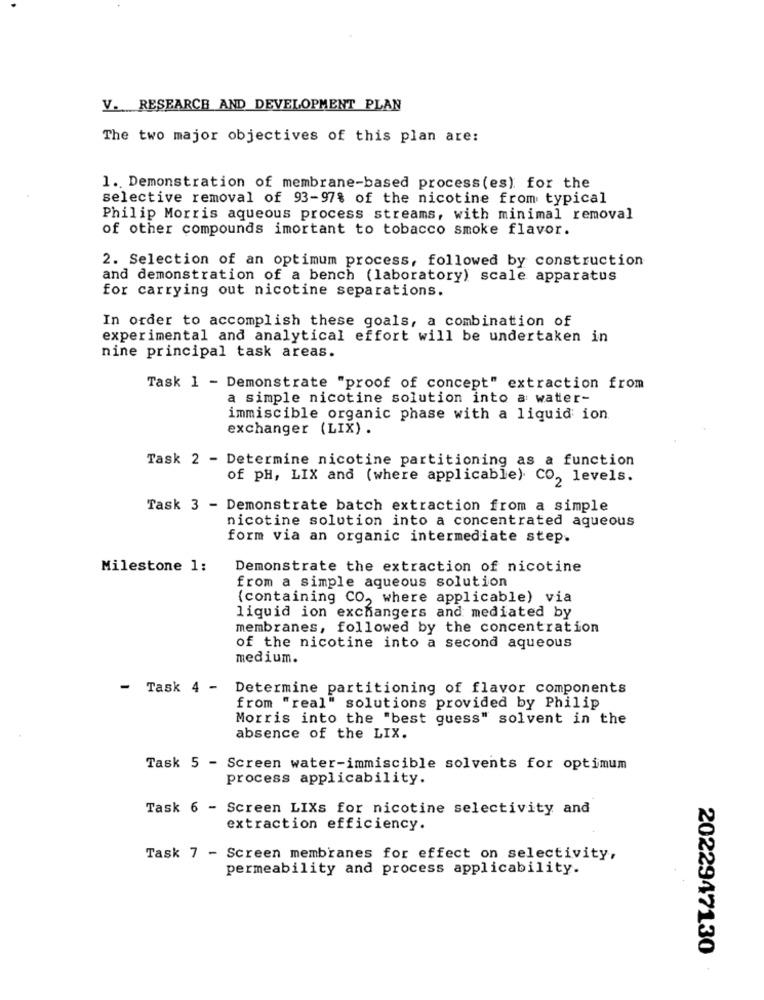
V. RESEARCH AND DEVELOPMENT PLAN
The two major objectives of this plan are:
1. Demonstration of membrane-based process (es) for the
selective removal of 93-97% of the nicotine from typical
Philip Morris aqueous process streams, with minimal removal
of other compounds imortant to tobacco smoke flavor.
2. Selection of an optimum process, followed by construction
and demonstration of a bench (laboratory) scale apparatus
for carrying out nicotine separations.
In order to accomplish these goals, a combination of
experimental and analytical effort will be undertaken in
nine principal task areas.
Task 1 - Demonstrate "proof of concept" extraction from
a simple nicotine solution into a water-
immiscible organic phase with a liquid ion
exchanger (LIX) .
Task 2 - Determine nicotine partitioning as a function
of pH, LIX and (where applicable). CO, levels.
Task 3 - Demonstrate batch extraction from a simple
nicotine solution into a concentrated aqueous
form via an organic intermediate step.
Milestone 1:
Demonstrate the extraction of nicotine
from a simple aqueous solution
(containing CO, where applicable) via
liquid ion exchangers and mediated by
membranes, followed by the concentration
of the nicotine into a second aqueous
medium.
Task 4 -
Determine partitioning of flavor components
from "real" solutions provided by Philip
Morris into the "best guess" solvent in the
absence of the LIX.
Task 5 - Screen water-immiscible solvents for optimum
process applicability.
Task 6 - Screen LIXs for nicotine selectivity and
extraction efficiency.
Task 7 - Screen membranes for effect on selectivity,
permeability and process applicability.
2022947130